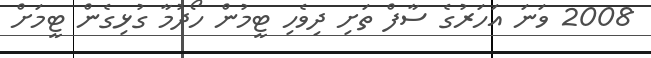
2008 ވަނަ އަހަރުގެ ސާފް ތަށި ދިވެހި ޓީމުން ހޯދުމާ ގުޅިގެން ޓީމަށް